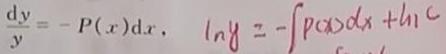
$\frac{\mathrm{d}y}{y}=-P(x)\mathrm{d}x,\quad \ln y=-\int P(x)\mathrm{d}x+\ln C$